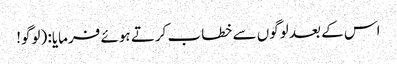
اس کے بعد لوگوں سے خطاب کرتے ہوئے فرمایا: (لوگو!